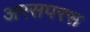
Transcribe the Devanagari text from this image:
अरसपरस